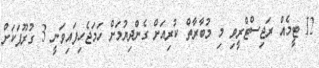
12 ޓީމެއް ރަޖިސްޓްރީވި މި މުބާރާތް ކުރިއަށް ގެންދިޔުމަށް ހަމަޖެހިފައިވަނީ 3 ގުރޫޕަކަށް